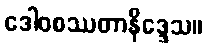
ဒေါဝစဿတာနိဒ္ဒေသ။